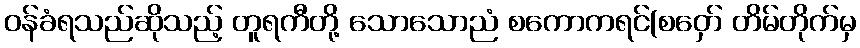
ဝန်ခံရသည်ဆိုသည့် တူရကီတို့ သောသောညံ စကောကရင်(စဝှော် တိမ်တိုက်မှ